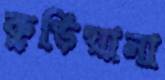
কুড়িয়ানা